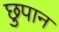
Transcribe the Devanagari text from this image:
छुपान